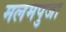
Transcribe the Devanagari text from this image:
मलमपुजा